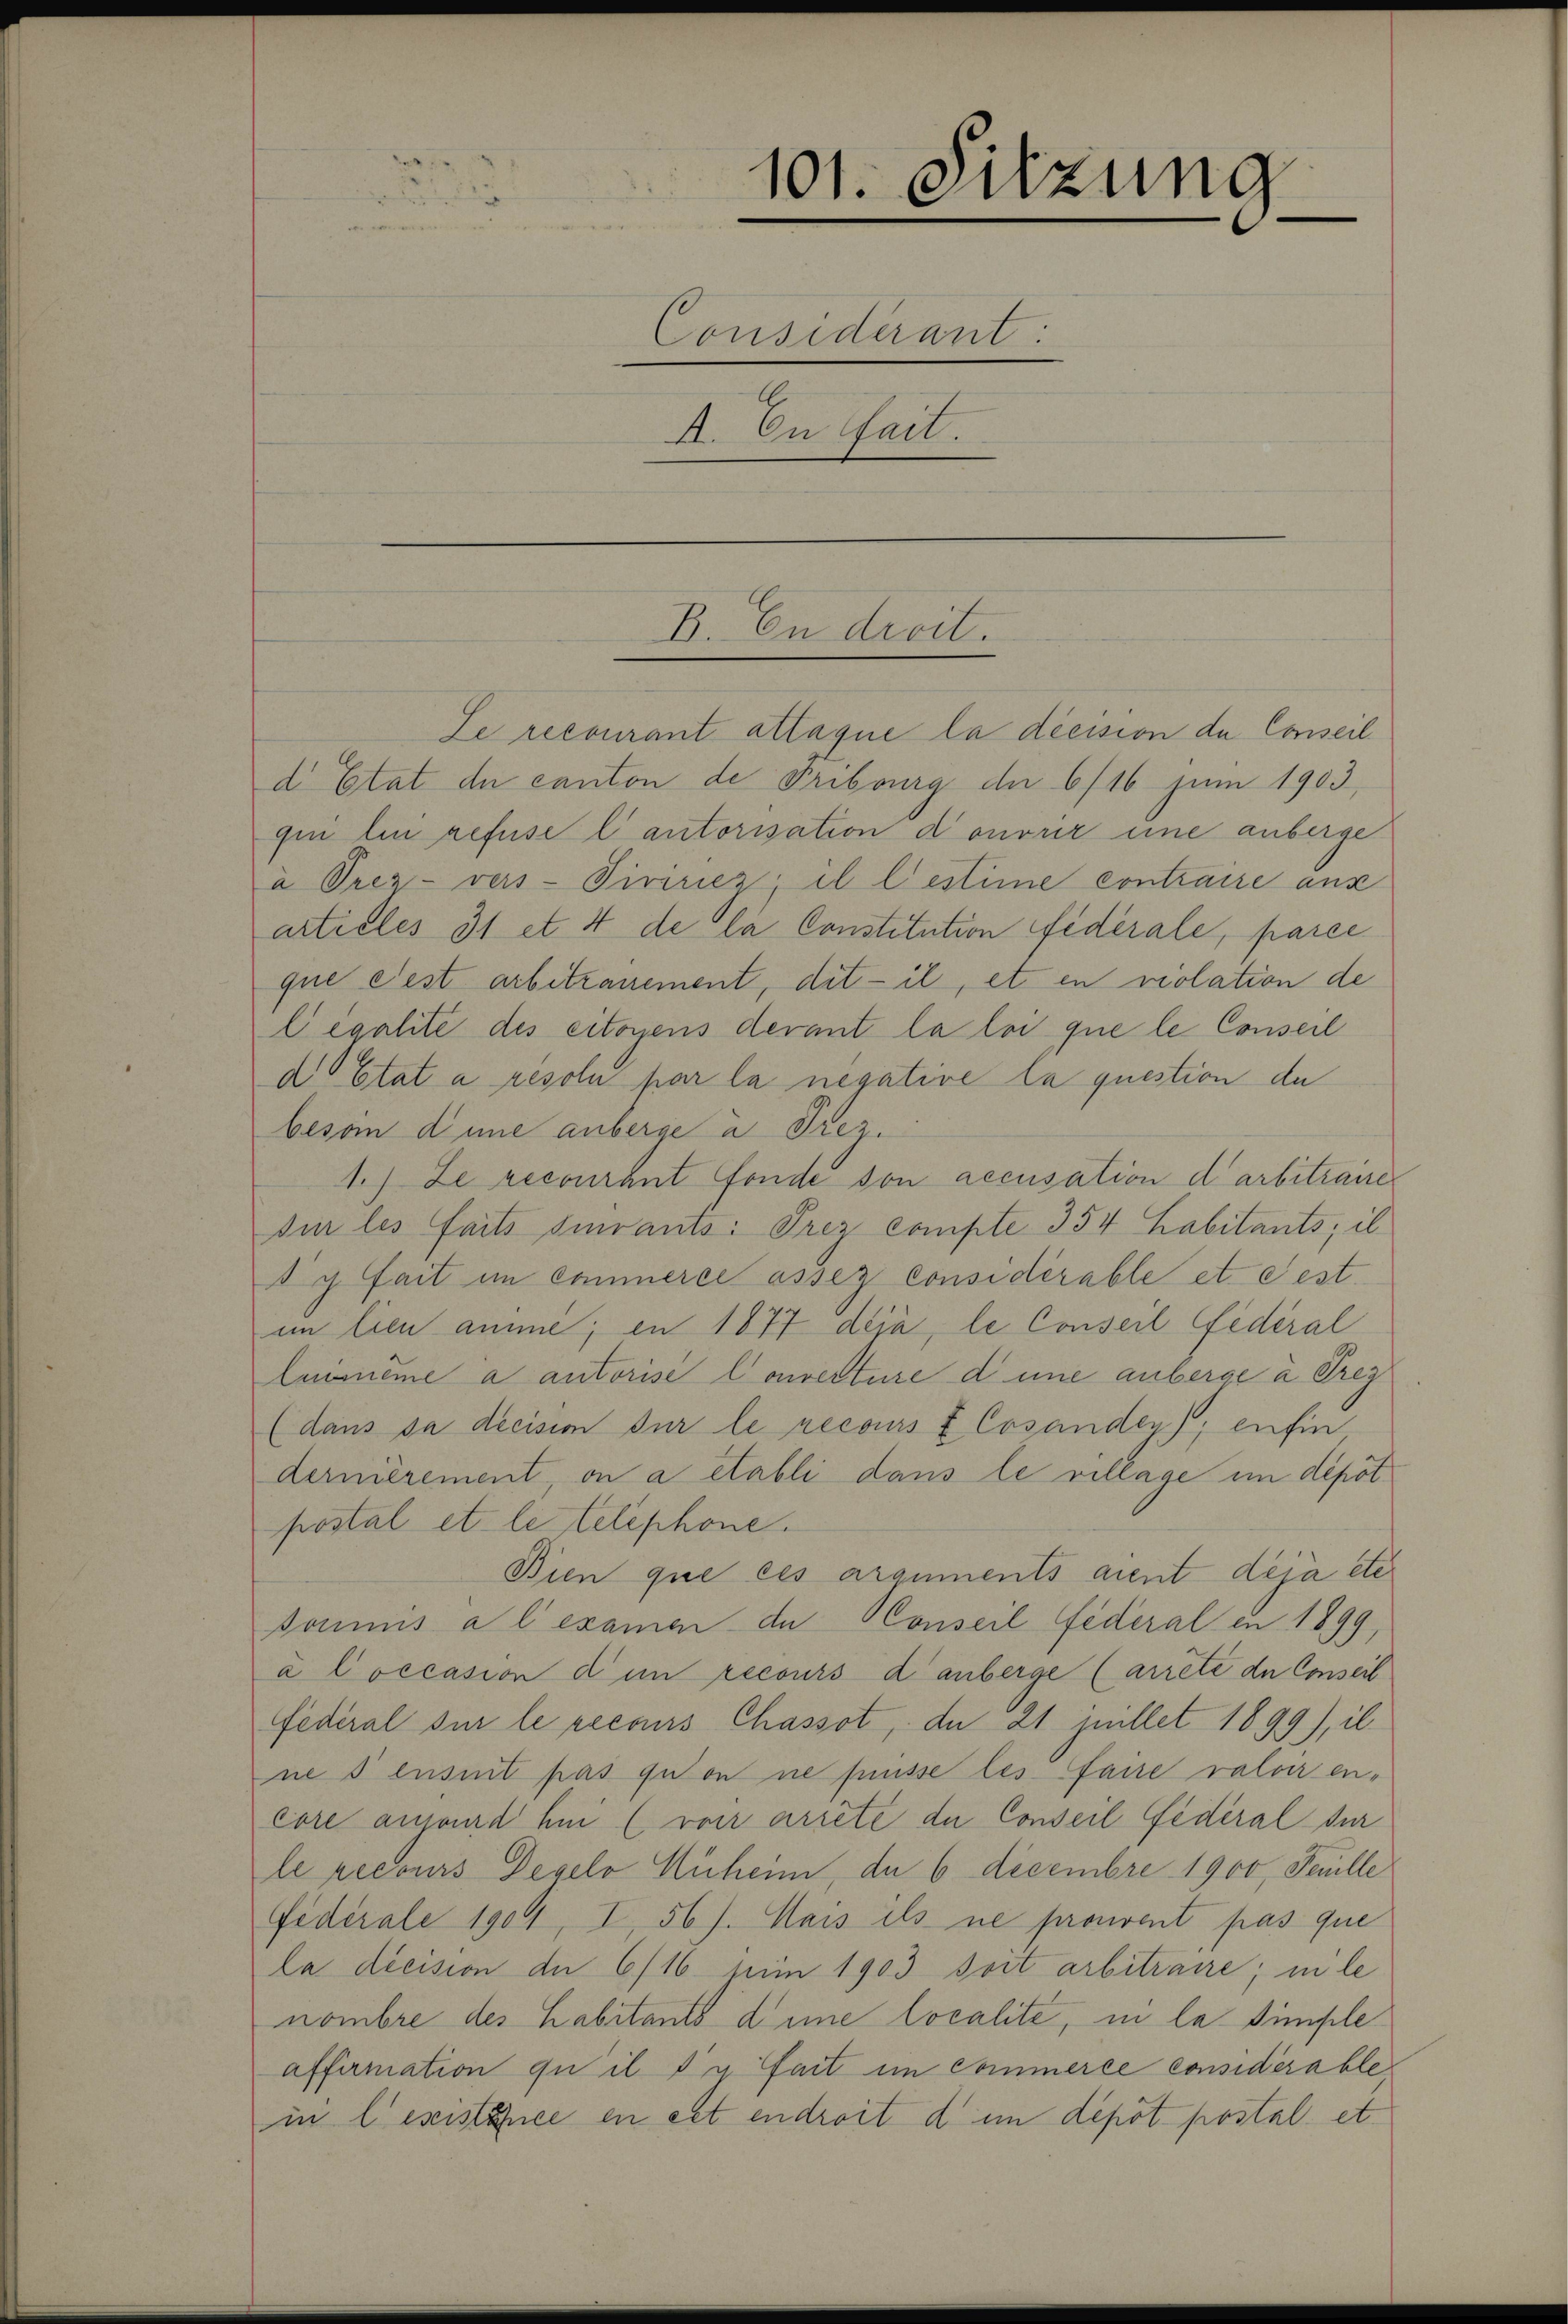
101. Sitzung
e
Considerant:
A. En fait.

B. In dreit.
Le recourant attaque la diession de Conseil

d Etat de canton de Fribourg der 6/16 zum 1903,
qui lin refuse l’autorisation donorir eine anberge
à Peez-vers-Pirner, il lestime contraire ans
articles 31 et 4 de la Constitution fiderale, parce
que fest arbitzanement, dit - il, et in violation de
legalité des citoyens derant la loi que le Conseil
d Etat à resolu par la negative la question de
besoin dene anberge à rez.
1.) Le recourant fonde son accusation darbitraire
für les faits serants: Frez compte 354 habitants; il
d y fait im commerce assez considérable et eest
im lieu amime; en 1877 déjà, le Conseil fédéral
Lerneme a autorisé converture dene anberge à reg
(dans sa decisim für le recours & Cosandey); enfin
dernièrement, on a établi dans le village im dépôt
postal et le telephone.
Bien que ces arguments aient deja etc.
dominis a l examen de Konseil fédéral en 1899,
aCoccasion dem recours d anberge (arrête de Conseil
Fedéral sur le recours Chasset, da 21 Juillet 1899), il
nes ensuit pas quon ne fusse les faire valoir encore angend hei (voir arrête du Conseil fédéral dur
le recours Deselo Muheim, da 6 Decembre 1900, Selle
Fidérale 1904, I, 56). Mais ils ne prouvent pas que
la décision de 6/16 n 1903 dort arbitraire; in le
nombre des Habitants d’une localite, in la simple
affirmation qu’il y fait im Commerce considérable
in lesistance en cet endroit d in depot postal et¬